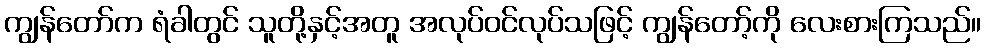
ကျွန်တော်က ရံခါတွင် သူတို့နှင့်အတူ အလုပ်ဝင်လုပ်သဖြင့် ကျွန်တော့်ကို လေးစားကြသည်။